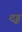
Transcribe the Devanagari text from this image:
दृड़